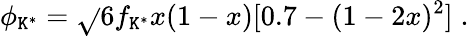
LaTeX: \phi_{\mathtt{K}^{*}}=\sqrt{}{{6}}f_{\mathtt{K}^{*}}x(1-x)[0.7-(1-2x)^{2}]\; .